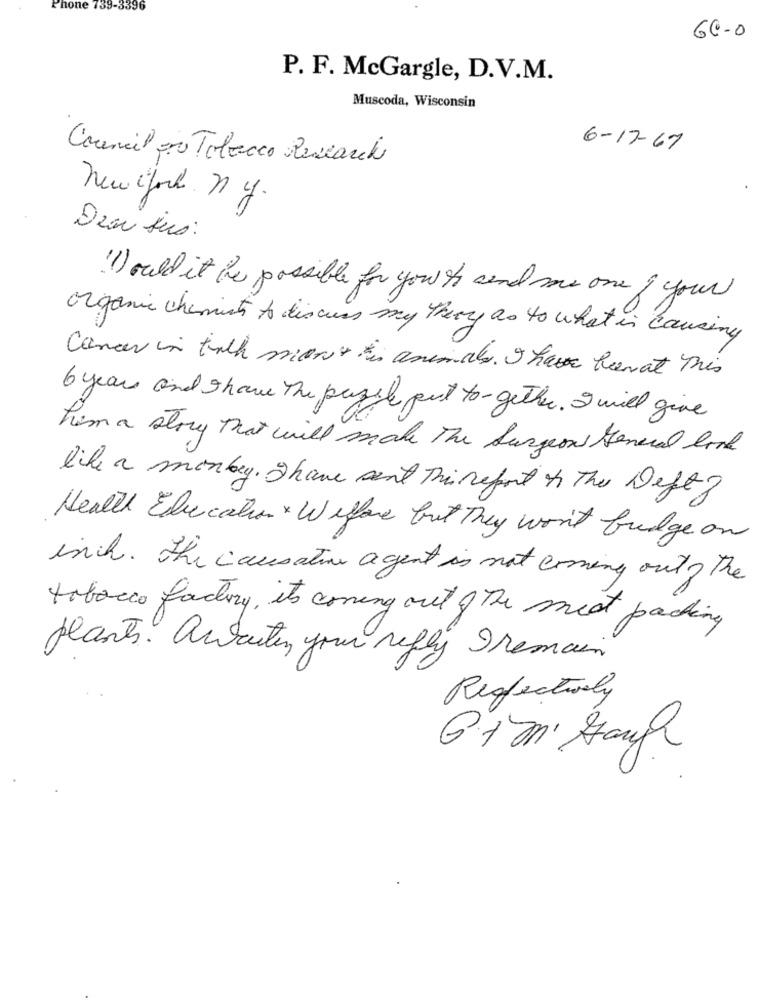
Phone 739-3396
60-0
P. F. McGargle, D.V.M.
Muscoda, Wisconsin
6-17-67
Council pro Tobacco Research
New york ny.
Dear jus:
"I) could it be possible for you to send me one I your
organic chemists to discuss my theory as to what is causing
Cancer in talk more's to animals. I have beenat This
6 years and Ihave the puzzle put together. I will give
him a story that will make The Surgeon General look
like a monkey. I have sent This report to The Defe?
Health Education & Welfare but They won't fudge on
inch . The causative agent is not coming out? the
tobacco factory, its coming out ofThe meat packing
plants. Antaitin your reply Iremain
Reflectively